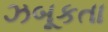
ઝબૂકતા